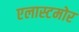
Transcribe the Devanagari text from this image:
एलास्टमोर